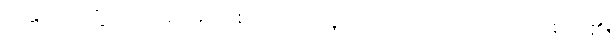
အထော၊ ထို့ပြင်။ အညမ္ပိ၊ တစ်ပါးသောသူကိုလည်း။ ကာရယေ၊ ပြုစေရာ၏။